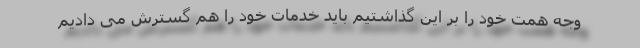
وجه همت خود را بر این گذاشتیم باید خدمات خود را هم گسترش می دادیم